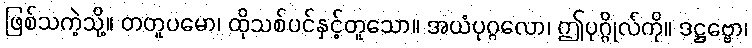
ဖြစ်သကဲ့သို့။ တတူပမော၊ ထိုသစ်ပင်နှင့်တူသော။ အယံပုဂ္ဂလော၊ ဤပုဂ္ဂိုလ်ကို။ ဒဋ္ဌဗ္ဗော၊